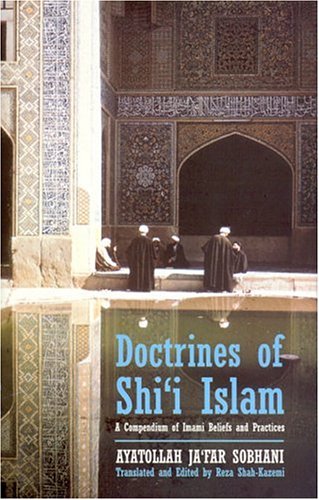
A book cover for Doctrines of Shi`i Islam: A Compendium of Imami Beliefs and Practices; Ayatollah Jafar Sobhani; Religion & Spirituality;